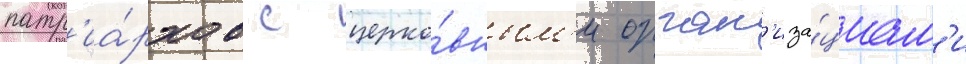
патр'иа́рхов с церко́вным'и орган'иза́циам'и